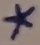
Text: *